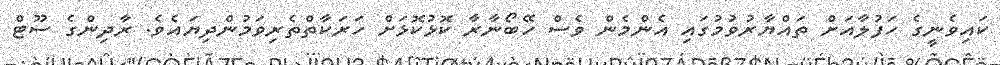
ކައިވެނީގެ ހަފުލާއަށް ތައްޔާރުވުމުގައި އެންމެން ވެސް ހޭބޯނާރާ ކޮޅުކޮޅަށް ހަރަކާތްތެރިވަމުންދިޔައެވެ. ރާދިންގެ ސޫޓް